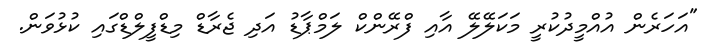
"އަހަރެން އުއްމީދުކުރީ މަކަލޭލޭ އާއި ފްރޭންކް ލަމްޕާޑު އަދި ޖެރާޑް މިޑްފީލްޑްގައި ކުޅުވަން.